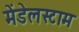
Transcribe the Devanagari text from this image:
मेंडेलस्टाम